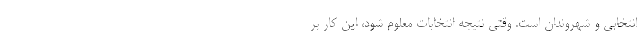
انتخابی و شهروندان است. وقتی نتیجه انتخابات معلوم شود، این کار بر